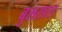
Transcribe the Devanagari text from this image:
बुलसारा